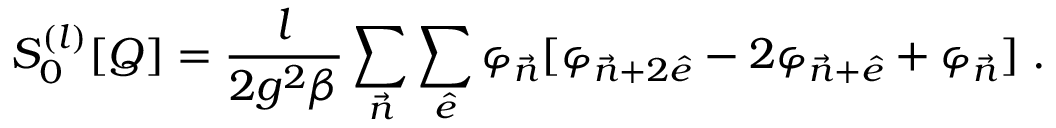
S _ { 0 } ^ { ( l ) } [ Q ] = { \frac { l } { 2 g ^ { 2 } \beta } } \sum _ { { \vec { n } } } \sum _ { { \hat { e } } } \varphi _ { { \vec { n } } } [ \varphi _ { { \vec { n } } + 2 { \hat { e } } } - 2 \varphi _ { { \vec { n } } + { \hat { e } } } + \varphi _ { \vec { n } } ] \; .